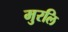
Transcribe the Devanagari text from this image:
मुरलि